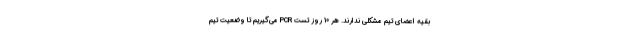
بقیه اعضای تیم مشکلی ندارند. هر 10 روز تست PCR می‌گیریم تا وضعیت تیم